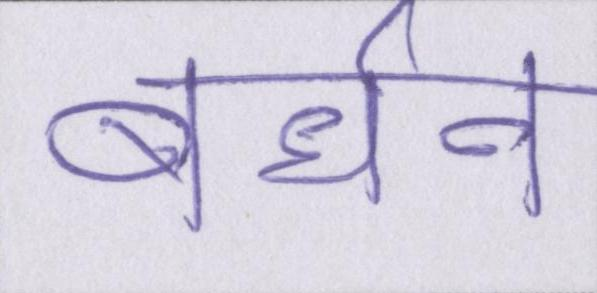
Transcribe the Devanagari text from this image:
बर्धन